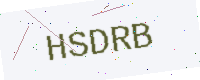
Text: HSDRB